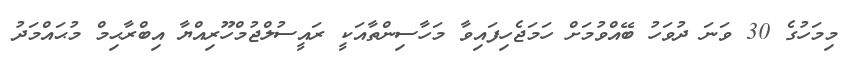
މިމަހުގެ 30 ވަނަ ދުވަހު ބޭއްވުމަށް ހަމަޖެހިފައިވާ މަހާސިންތާއަކީ ރައީސުލްޖުމްހޫރިއްޔާ އިބްރާޙިމް މުޙައްމަދު